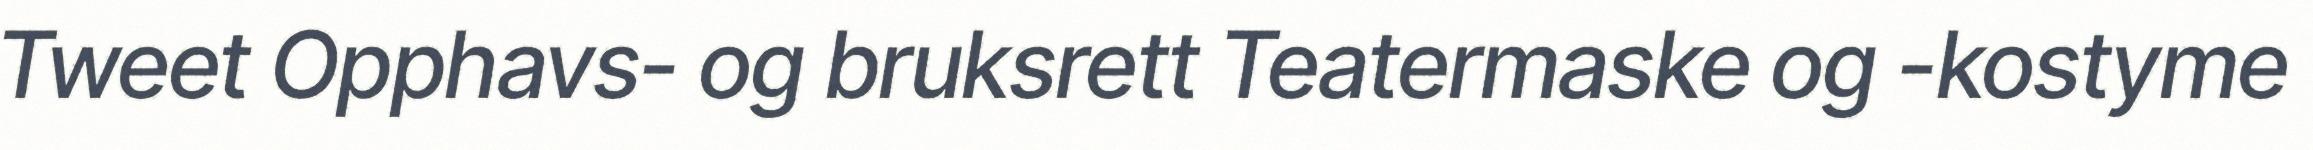
Tweet Opphavs- og bruksrett Teatermaske og -kostyme